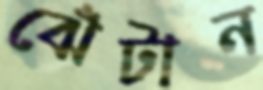
ঝেঁটান